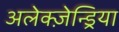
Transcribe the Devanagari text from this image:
अलेक्ज़ेन्ड्रिया